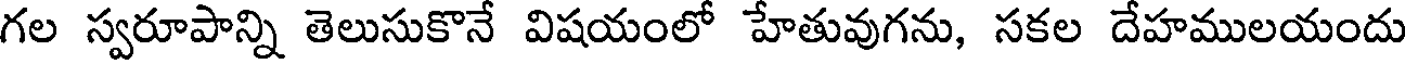
గల స్వరూపాన్ని తెలుసుకొనే విషయంలో హేతువుగను, సకల దేహములయందు